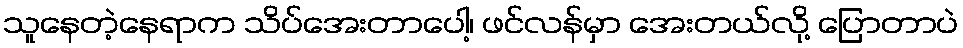
သူနေတဲ့နေရာက သိပ်အေးတာပေါ့၊ ဖင်လန်မှာ အေးတယ်လို့ ပြောတာပဲ